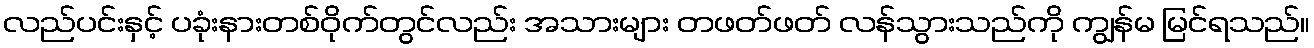
လည်ပင်းနှင့် ပခုံးနားတစ်ဝိုက်တွင်လည်း အသားများ တဖတ်ဖတ် လန်သွားသည်ကို ကျွန်မ မြင်ရသည်။